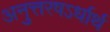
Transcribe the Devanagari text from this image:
अनुत्तरषऽर्धार्थ